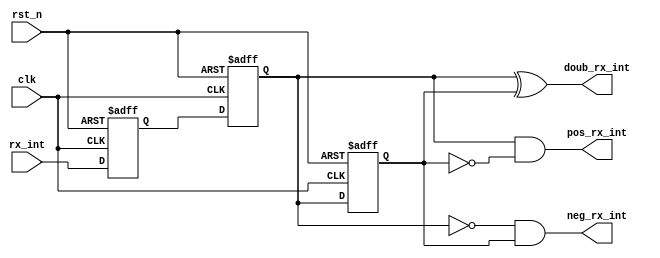
module		edge_detect(
	input					clk,							//
	input					rst_n,							//
	input					rx_int,							//
	output					pos_rx_int,						//
	output					neg_rx_int,						//
	output					doub_rx_int						//
);
			
reg		rx_int0,rx_int1,rx_int2;							//
															//
always	@(posedge	clk	or	negedge	rst_n)
	begin
		if(!rst_n)
			begin
				rx_int0		<=		1'b0;
				rx_int1		<=		1'b0;
				rx_int2		<=		1'b0;
			end             
		else                
			begin           
				rx_int0		<=		rx_int;					//0
				rx_int1		<=	    rx_int0;				//01
				rx_int2		<=	    rx_int1;				//12
			end
	end

assign		pos_rx_int	=	rx_int1		&	~rx_int2;		//011
assign		neg_rx_int	=	~rx_int1	&	rx_int2;		//101
assign		doub_rx_int	=	rx_int1		^	rx_int2;		//1

endmodule